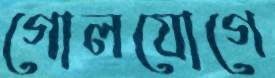
গোলযোগে